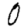
Digit: 0